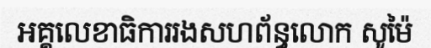
អគ្គលេខាធិការរងសហព័ន្ធលោក សូម៉ៃ